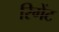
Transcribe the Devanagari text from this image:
रिगेंट